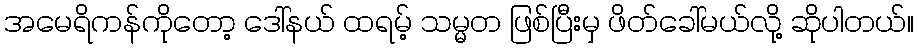
အမေရိကန်ကိုတော့ ဒေါ်နယ် ထရမ့် သမ္မတ ဖြစ်ပြီးမှ ဖိတ်ခေါ်မယ်လို့ ဆိုပါတယ်။